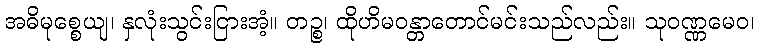
အဓိမုစ္စေယျ၊ နှလုံးသွင်းငြားအံ့။ တဉ္စ၊ ထိုဟိမဝန္တာတောင်မင်းသည်လည်း။ သုဝဏ္ဏမေဝ၊